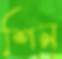
শিন